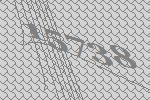
15738